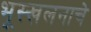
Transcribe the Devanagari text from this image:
भूस्खलनाचे